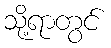
သို့ရာတွင်